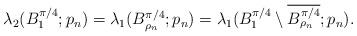
LaTeX: \begin{align*}\lambda_2(B_1^{\pi/4};{p_n}) = \lambda_1(B_{\rho_n}^{\pi/4};{p_n}) = \lambda_1(B_1^{\pi/4} \setminus \overline{B_{\rho_n}^{\pi/4}};{p_n}).\end{align*}